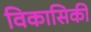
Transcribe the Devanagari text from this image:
विकासिकी